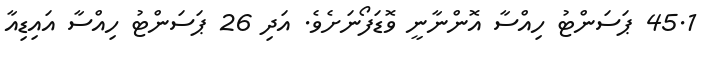
45.1 ޕަސަންޓު ހިއްސާ އޮންނާނީ ވޮޑަފޯނަށެވެ. އަދި 26 ޕަސަންޓު ހިއްސާ އައިޑިއާ